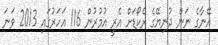
އޭނާގެ ނަން ދުނިޔޭގެ ރެކޯޑަށް އެރީ އުމުރުން 116 އަހަރުގައި 2013 ވަނަ